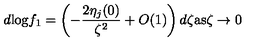
d \mathrm { l o g } f _ { 1 } = \left( - \frac { 2 \eta _ { j } ( 0 ) } { \zeta ^ { 2 } } + O ( 1 ) \right) d \zeta \mathrm { a s } \zeta \rightarrow 0